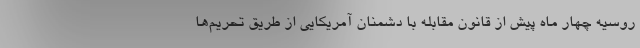
روسیه چهار ماه پیش از قانون مقابله با دشمنان آمریکایی از طریق تحریم‌ها